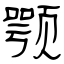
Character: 颚